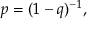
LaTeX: p = ( 1 - q ) ^ { - 1 } ,